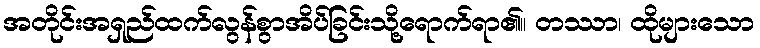
အတိုင်းအရှည်ထက်လွန်စွာအိပ်ခြင်းသို့ရောက်ရာ၏။ တဿာ၊ ထိုများသော